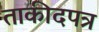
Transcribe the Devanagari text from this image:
ताकीदपत्र